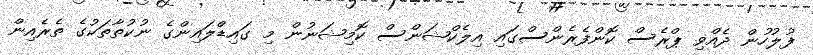
ފުލުހުން ދެއްވި ޕްރެސް ކޮންފެރެންސްގައި އިލެކްޝަންސް ކޮމިޝަނުން މި ގައިޑްލައިންގެ ނުކުތާތަކުގެ ތެރެއިން